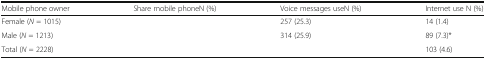
<table><thead><tr><td><b>Mobile phone owner</b></td><td><b>Share mobile phoneN (%)</b></td><td><b>Voice messages useN (%)</b></td><td><b>Internet use N (%)</b></td></tr></thead><tbody><tr><td>Female (<i>N</i> = 1015)</td><td>[EMPTY_CELL]</td><td>257 (25.3)</td><td>14 (1.4)</td></tr><tr><td>Male (<i>N</i> = 1213)</td><td>[EMPTY_CELL]</td><td>314 (25.9)</td><td>89 (7.3)*</td></tr><tr><td>Total (<i>N</i> = 2228)</td><td>[EMPTY_CELL]</td><td>[EMPTY_CELL]</td><td>103 (4.6)</td></tr></tbody></table>